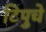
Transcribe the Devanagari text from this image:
टिपुचे